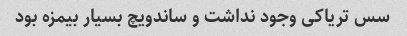
سس تریاکی وجود نداشت و ساندویچ بسیار بیمزه بود